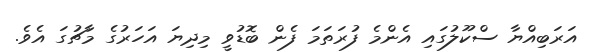
އަރަބިއްޔާ ސްކޫލުގައި އެންމެ ފުރަތަމަ ފެން ބޮޑުވީ މިދިޔަ އަހަރުގެ މާޗުގަ އެވެ.